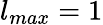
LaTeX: l_{max}=1